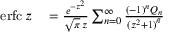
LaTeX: \begin{array} { r l } { \operatorname { e r f c } z } & { { } = { \frac { e ^ { - z ^ { 2 } } } { { \sqrt { \pi } } \, z } } \sum _ { n = 0 } ^ { \infty } { \frac { ( - 1 ) ^ { n } Q _ { n } } { { ( z ^ { 2 } + 1 ) } ^ { \bar { n } } } } } \end{array}